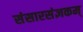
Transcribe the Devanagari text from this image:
संसारसंज्ञकम्